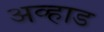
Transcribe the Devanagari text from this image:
अव्हाड